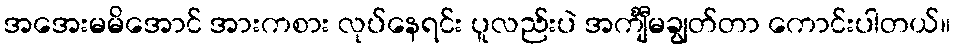
အအေးမမိအောင် အားကစား လုပ်နေရင်း ပူလည်းပဲ အင်္ကျီမချွတ်တာ ကောင်းပါတယ်။